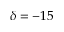
\delta = - 1 5